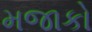
મજાકો